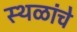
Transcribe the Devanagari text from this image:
स्‍थळांचे